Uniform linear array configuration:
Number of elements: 32
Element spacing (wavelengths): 0.25
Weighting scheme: blackman
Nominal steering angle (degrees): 15
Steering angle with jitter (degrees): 16.053
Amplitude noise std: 0.05
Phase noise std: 0.05

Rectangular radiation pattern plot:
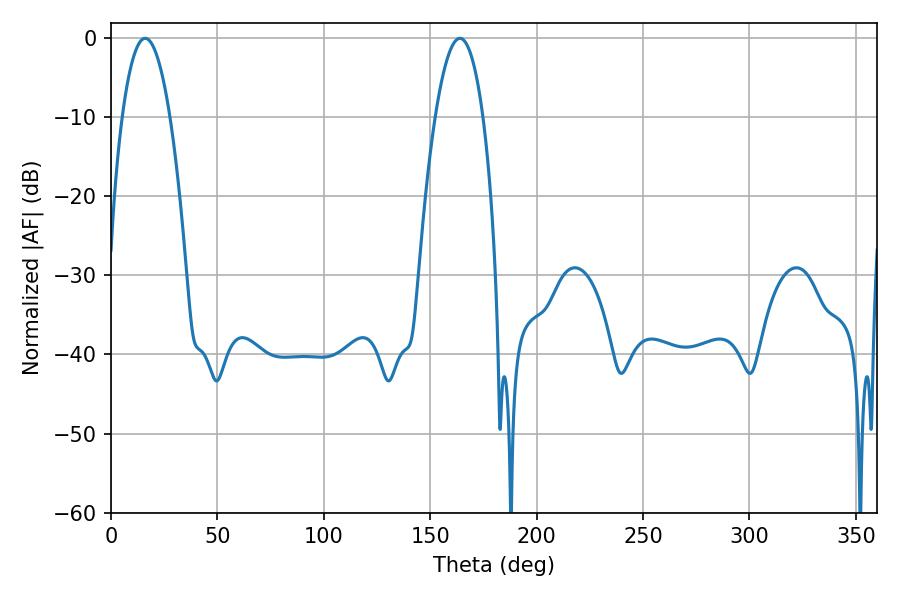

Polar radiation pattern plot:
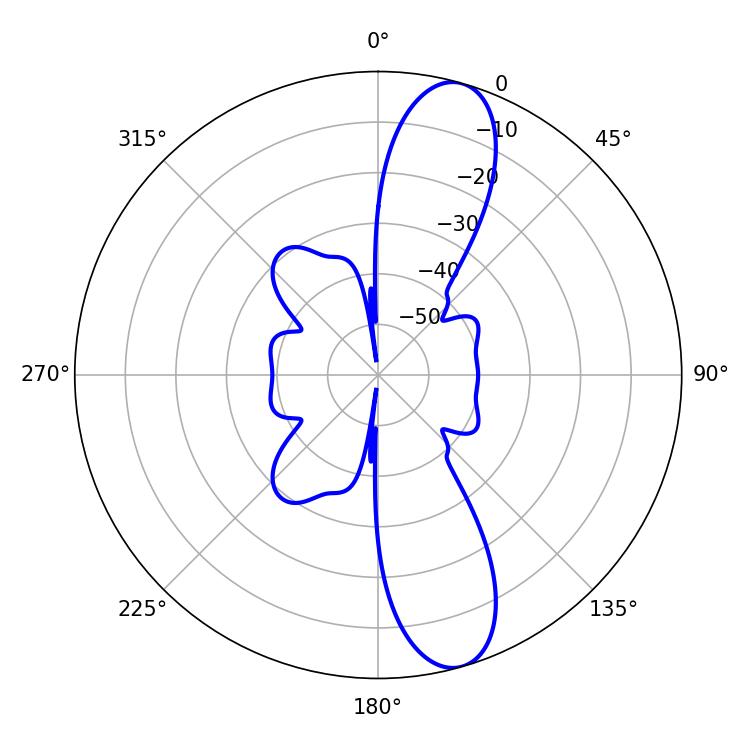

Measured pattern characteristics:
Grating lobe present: FALSE
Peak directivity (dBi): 11.902
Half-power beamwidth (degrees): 12.42
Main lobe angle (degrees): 16.02